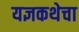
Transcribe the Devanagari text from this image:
यज्ञकथेचा